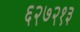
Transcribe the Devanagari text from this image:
६२७२१३